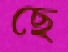
ছে